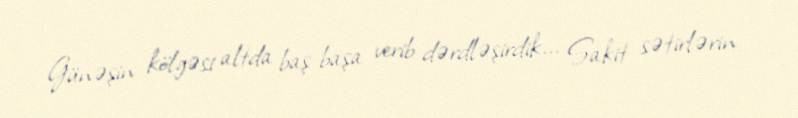
Günəşin kölgəsi altda baş-başa verib dərdləşirdik... Sakit sətirlərin